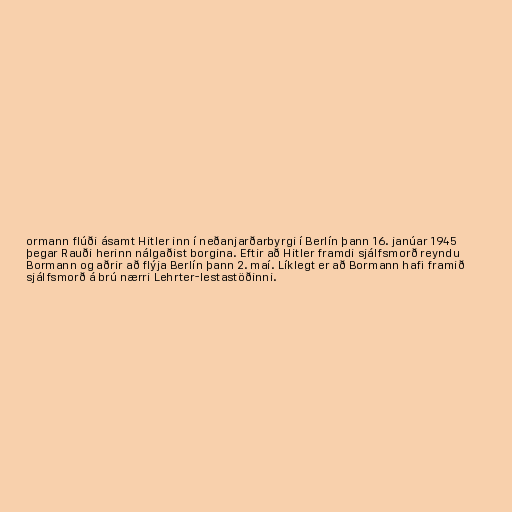
ormann flúði ásamt Hitler inn í neðanjarðarbyrgi í Berlín þann 16. janúar 1945
þegar Rauði herinn nálgaðist borgina. Eftir að Hitler framdi sjálfsmorð reyndu
Bormann og aðrir að flýja Berlín þann 2. maí. Líklegt er að Bormann hafi framið
sjálfsmorð á brú nærri Lehrter-lestastöðinni.